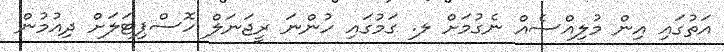
އަތުގައި އިން މުލިއްސެއް ނެގުމަށް ލ. ގަމުގައި ހުންނަ ރީޖަނަލް ހޮސްޕިޓަލަށް ދިއުމުން